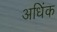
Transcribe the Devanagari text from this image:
अधिंक